Vaccination in Bombay 1869-1873 - 1869-1873
Year: 1869
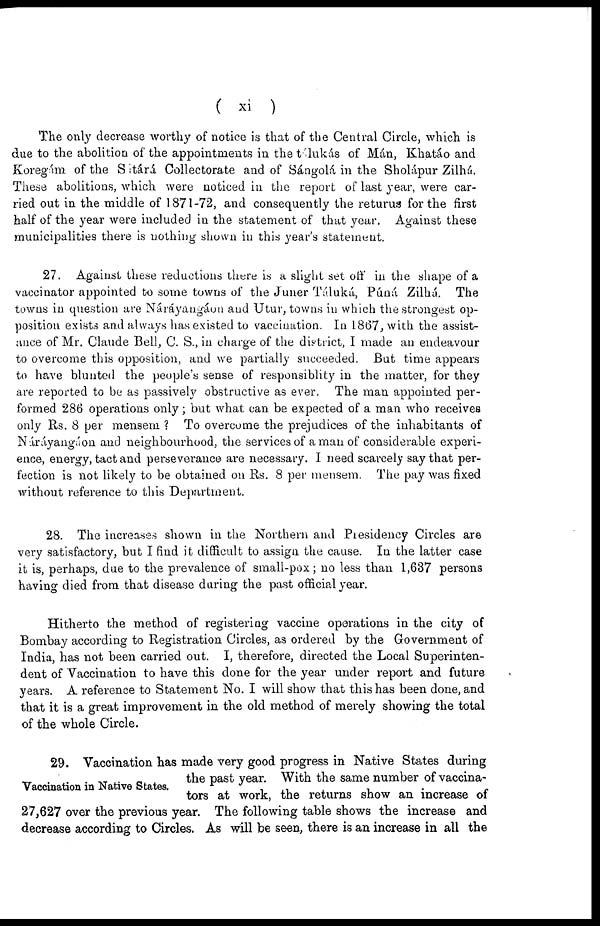
( xi )
The only decrease worthy of notice is that of the Central Circle, which is
due to the abolition of the appointments in the tálukás of Mán, Khatáo and
Koregám of the Sitárá Collectorate and of Sángolá in the Sholápur Zilhá.
These abolitions, which were noticed in the report of last year, were car-
ried out in the middle of 1871-72, and consequently the returus for the first
half of the year were included in the statement of that year. Against these
municipalities there is nothing shown in this year's statement.
27. Against these reductions there is a slight set off in the shape of a
vaccinator appointed to some towns of the Juner Táluká, Puna Zilhá. The
towns in question are Náráyangáon and Utur, towns in which the strongest op-
position exists and always has existed to vaccination. In 1867, with the assist-
ance of Mr. Claude Bell, C. S., in charge of the district, I made an endeavour
to overcome this opposition, and we partially succeeded. But time appears
to have blunted the people's sense of responsiblity in the matter, for they
are reported to be as passively obstructive as ever. The man appointed per-
formed 286 operations only; but what can be expected of a man who receives
only Rs. 8 per mensem ? To overcome the prejudices of the inhabitants of
Náráyangáon and neighbourhood, the services of a man of considerable experi-
ence, energy, tact and perseverance are necessary. I need scarcely say that per-
fection is not likely to be obtained on Rs. 8 per mensem. The pay was fixed
without reference to this Department.
28. The increases shown in the Northern and Presidency Circles are
very satisfactory, but I find it difficult to assign the cause. In the latter case
it is, perhaps, due to the prevalence of small-pox; no less than 1,637 persons
having died from that disease during the past official year.
Hitherto the method of registering vaccine operations in the city of
Bombay according to Registration Circles, as ordered by the Government of
India, has not been carried out. I, therefore, directed the Local Superinten-
dent of Vaccination to have this done for the year under report and future
years. A reference to Statement No. I will show that this has been done, and
that it is a great improvement in the old method of merely showing the total
of the whole Circle.
Vaccination in Native States.
29. Vaccination has made very good progress in Native States during
the past year. With the same number of vaccina-
tors at work, the returns show an increase of
27,627 over the previous year. The following table shows the increase and
decrease according to Circles. As will be seen, there is an increase in all the